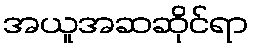
အယူအဆဆိုင်ရာ